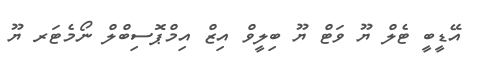
އޭޑީބީ ޓެލް ޔޫ ވަޓް ޔޫ ބިލީވް އިޒް އިމްޕޮސިބްލް ނޯމެޓަރ ޔޫ